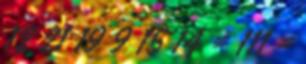
12 21 19 9 15 14 = 111 =